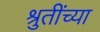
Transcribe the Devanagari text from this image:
श्रुतींच्या